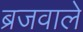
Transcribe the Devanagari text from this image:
ब्रजवाले